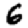
Digit: 6